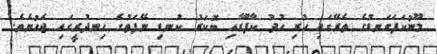
މޫނުކަފަގަނޑުގެ ތެރޭގައި ހުރި ހުދު ކާފޫރާއި ބޮކަރު ކުނޑި ނޭފަތުގެ ހިނދުރީގައި ޖެހުނެވެ.